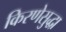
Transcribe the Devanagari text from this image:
किरणेसुद्धा